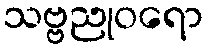
သဗ္ဗညုဝရော